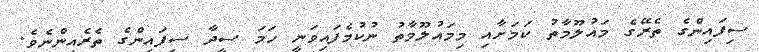
ސިފައިންގެ ތެރޭގެ މައުލޫމާތު ކަމަށާއި މިމައުލޫމާތު ނުކުމެފައިވަނީ ހަމަ ސީދާ ސިފައިންގެ ތެރެއިންނެވެ.